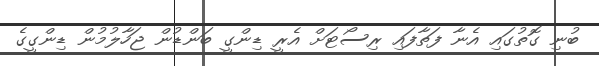
ބުނި ގޮތުގައި އެނާ ފަތާފައި ރިސޯޓަށް އެރީ ޑިންގީ ބަންޑުން ޖަހާލުމުން ޑިންގީގެ